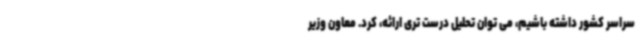
سراسر کشور داشته باشیم، می توان تحلیل درست تری ارائه، کرد. معاون وزیر